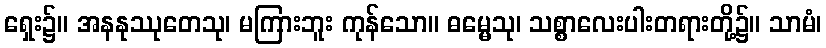
ရှေး၌။ အနနုဿုတေသု၊ မကြားဘူး ကုန်သော။ ဓမ္မေသု၊ သစ္စာလေးပါးတရားတို့၌။ သာမံ၊